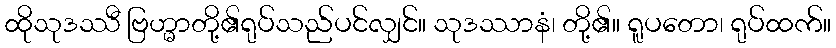
ထိုသုဒဿီ ဗြဟ္မာတို့၏ရုပ်သည်ပင်လျှင်။ သုဒဿာနံ၊ တို့၏။ ရူပတော၊ ရုပ်ထက်။